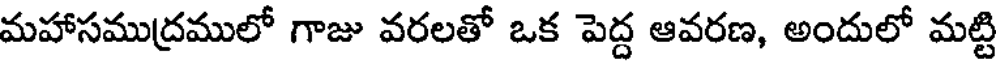
మహాసముద్రములో గాజు వరలతో ఒక పెద్ద ఆవరణ, అందులో మట్టి